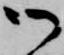
御